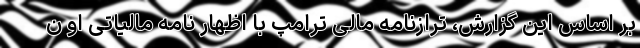
بر اساس این گزارش، ترازنامه مالی ترامپ با اظهار نامه مالیاتی او ن